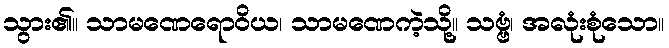
သွား၏။ သာမဏေရောဝိယ၊ သာမဏေကဲ့သို့။ သဗ္ဗံ၊ အလုံးစုံသော။